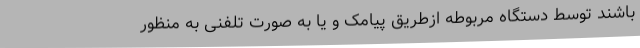
باشند توسط دستگاه مربوطه ازطریق پیامک و یا به صورت تلفنی به منظور